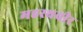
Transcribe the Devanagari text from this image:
महस्थवीर